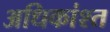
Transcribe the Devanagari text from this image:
अधिकांश्त